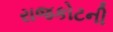
રાજકોટની